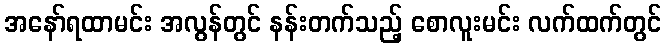
အနော်ရထာမင်း အလွန်တွင် နန်းတက်သည့် စောလူးမင်း လက်ထက်တွင်